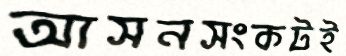
আসনসংকটই